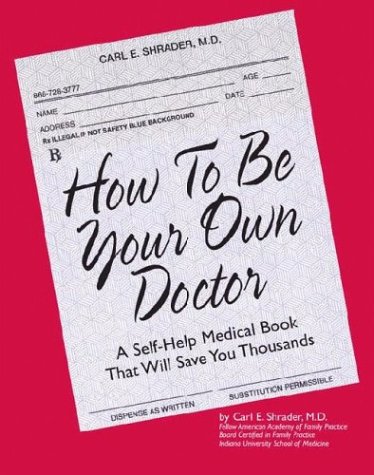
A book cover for How to Be Your Own Doctor; Carl E. Shrader; Health, Fitness & Dieting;